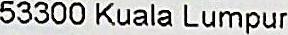
53300 KUALA LUMPUR